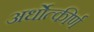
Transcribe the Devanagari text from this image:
अर्धोत्कीर्ण